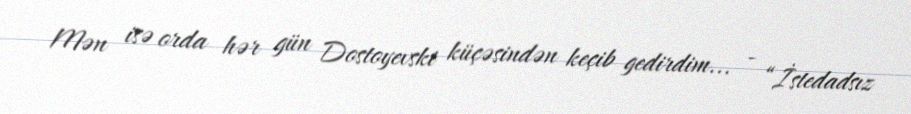
Mən isə orda hər gün Dostoyevski küçəsindən keçib gedirdim... - “İstedadsız